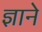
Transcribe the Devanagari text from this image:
ज्ञाने